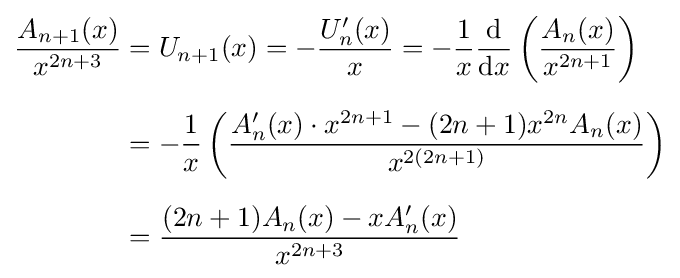
{\begin{aligned}{\frac {A_{n+1}(x)}{x^{2n+3}}}&=U_{n+1}(x)=-{\frac {U_{n}'(x)}{x}}=-{\frac {1}{x}}{\frac {\mathrm {d} }{\mathrm {d} x}}\left({\frac {A_{n}(x)}{x^{2n+1}}}\right)\\[6pt]&=-{\frac {1}{x}}\left({\frac {A_{n}'(x)\cdot x^{2n+1}-(2n+1)x^{2n}A_{n}(x)}{x^{2(2n+1)}}}\right)\\[6pt]&={\frac {(2n+1)A_{n}(x)-xA_{n}'(x)}{x^{2n+3}}}\end{aligned}}